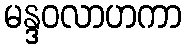
မန္ဒဝလာဟကာ